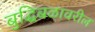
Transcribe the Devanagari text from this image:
बुद्धिबळावरील